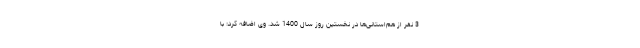
3 نفر از هم‌استانی‌ها در نخستین روز سال 1400 شد. وی اضافه کرد: با